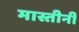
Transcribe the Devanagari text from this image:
मास्तीनी